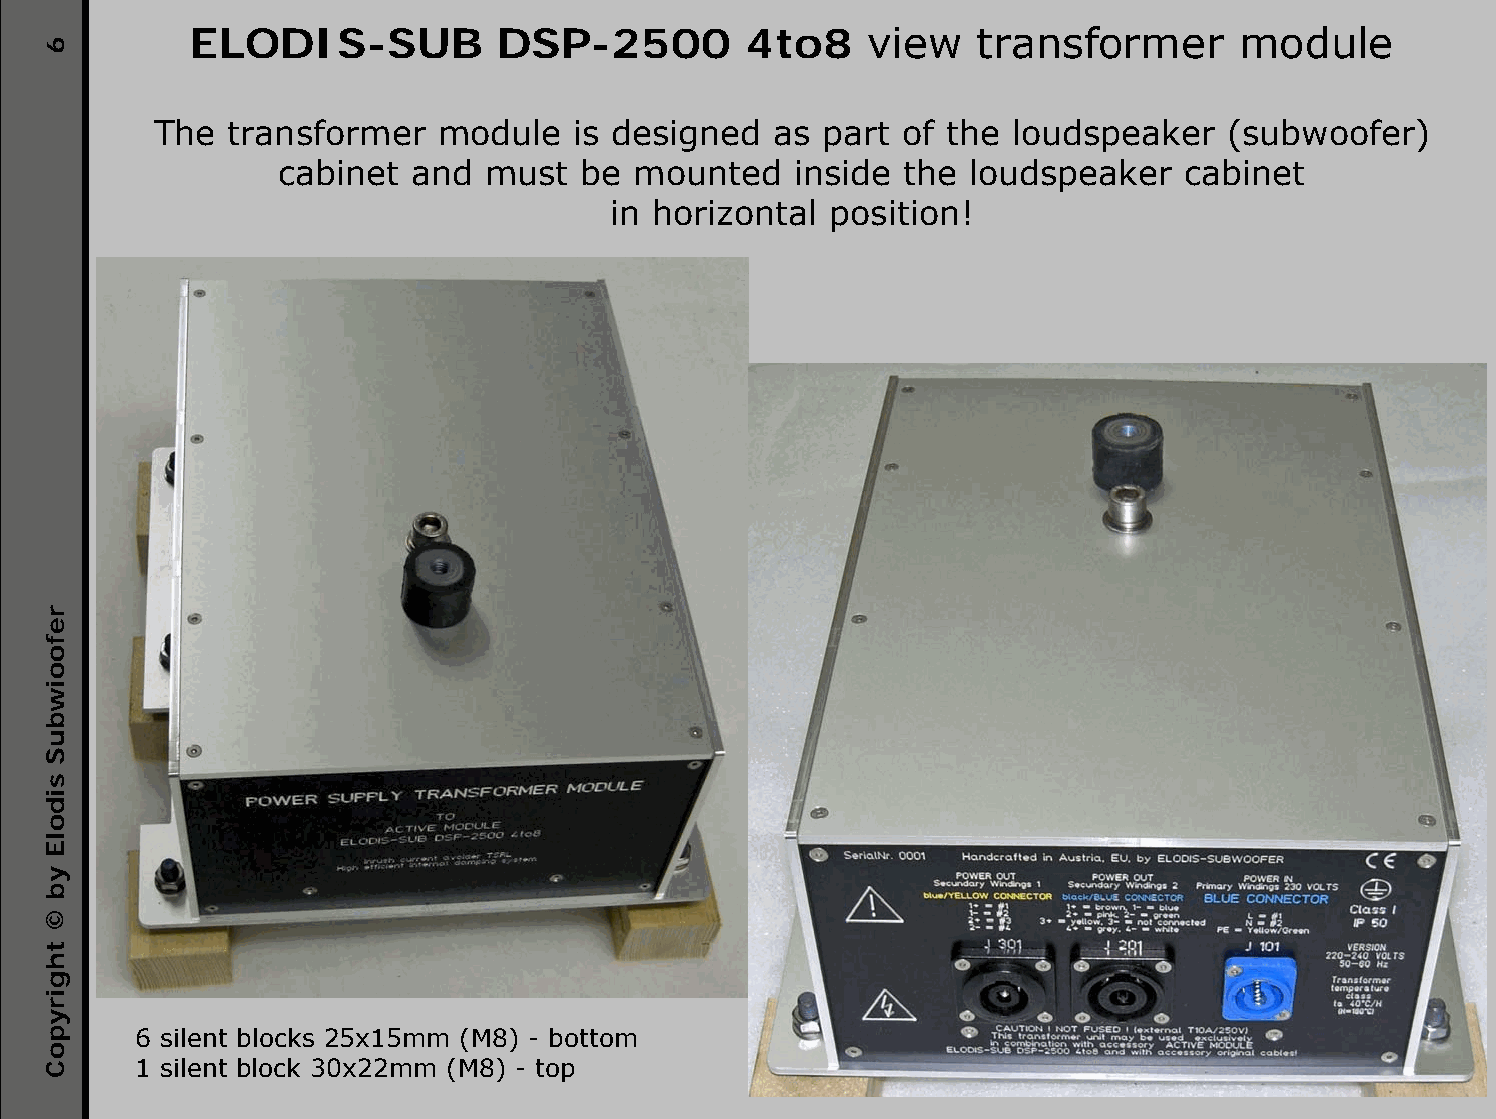
ELODIS-SUB          DSP-2500         4to8    view   transformer       module
 The  transformer   module  is designed   as part of the  loudspeaker   (subwoofer)
 cabinet  and  must  be mounted    inside the  loudspeaker   cabinet
 in horizontal position!
 6 silent blocks 25x15mm (M8) - bottom
 1 silent block 30x22mm (M8) - top
 6
 refooiwbuS
 sidolE
 yb
 ©
 thgirypoC